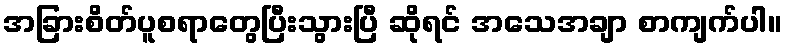
အခြားစိတ်ပူစရာတွေပြီးသွားပြီ ဆိုရင် အသေအချာ စာကျက်ပါ။